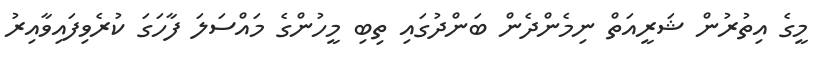
މީގެ އިތުރުން ޝަރީއަތް ނިމެންދެން ބަންދުގައި ތިބި މީހުންގެ މައްސަލަ ފާހަގަ ކުރެވިފައިވާއިރު